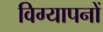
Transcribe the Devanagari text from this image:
विग्यापनों